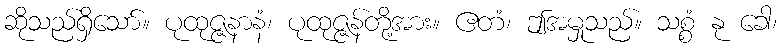
ဆိုသည်ရှိသော်။ ပုထုဇ္ဇနာနံ၊ ပုထုဇ္ဇန်တို့အား။ ဧတံ၊ ဤအမှုသည်။ သစ္စံ နု ခေါ၊